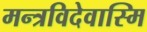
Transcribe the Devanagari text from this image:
मन्त्रविदेवास्मि